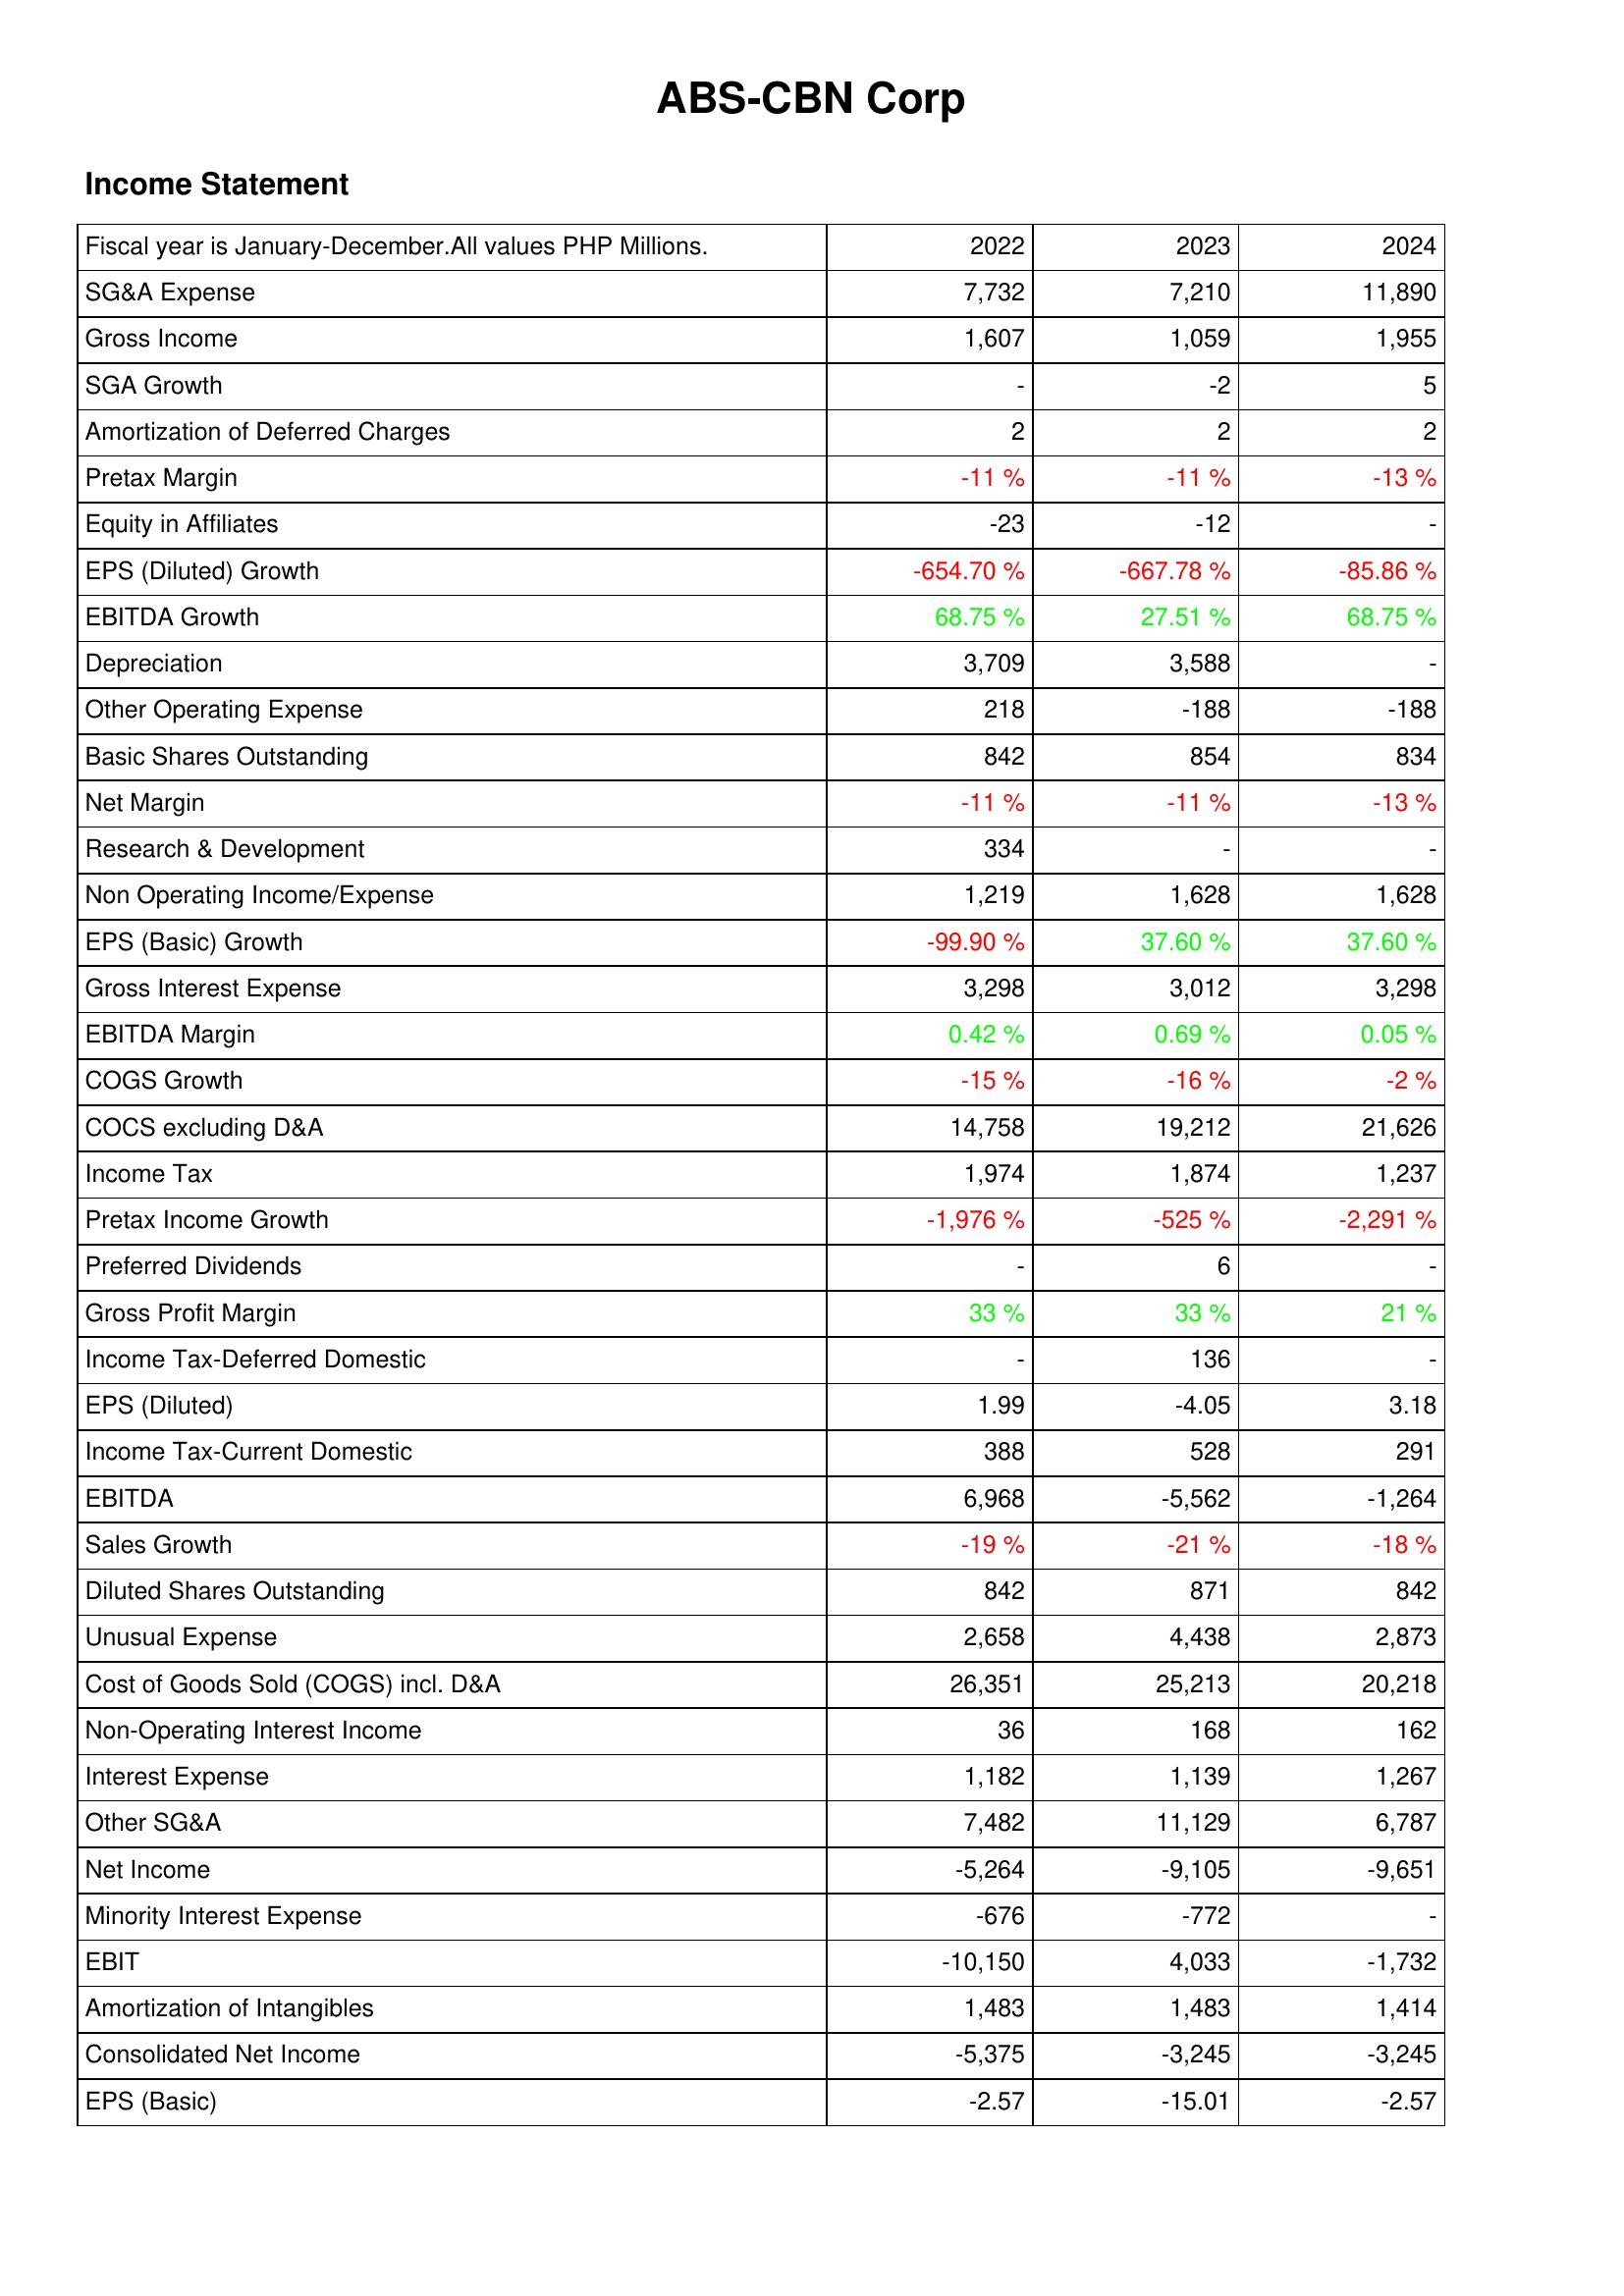
2022: Income Statement: SG&A Expense: 7,732
Gross Income: 1,607
SGA Growth: -
Amortization of Deferred Charges: 2
Pretax Margin: -11 %
Equity in Affiliates: -23
EPS (Diluted) Growth: -654.70 %
EBITDA Growth: 68.75 %
Depreciation: 3,709
Other Operating Expense: 218
Basic Shares Outstanding: 842
Net Margin: -11 %
Research & Development: 334
Non Operating Income/Expense: 1,219
EPS (Basic) Growth: -99.90 %
Gross Interest Expense: 3,298
EBITDA Margin: 0.42 %
COGS Growth: -15 %
COCS excluding D&A: 14,758
Income Tax: 1,974
Pretax Income Growth: -1,976 %
Preferred Dividends: -
Gross Profit Margin: 33 %
Income Tax-Deferred Domestic: -
EPS (Diluted): 1.99
Income Tax-Current Domestic: 388
EBITDA: 6,968
Sales Growth: -19 %
Diluted Shares Outstanding: 842
Unusual Expense: 2,658
Cost of Goods Sold (COGS) incl. D&A: 26,351
Non-Operating Interest Income: 36
Interest Expense: 1,182
Other SG&A: 7,482
Net Income: -5,264
Minority Interest Expense: -676
EBIT: -10,150
Amortization of Intangibles: 1,483
Consolidated Net Income: -5,375
EPS (Basic): -2.57
2023: Income Statement: SG&A Expense: 7,210
Gross Income: 1,059
SGA Growth: -2
Amortization of Deferred Charges: 2
Pretax Margin: -11 %
Equity in Affiliates: -12
EPS (Diluted) Growth: -667.78 %
EBITDA Growth: 27.51 %
Depreciation: 3,588
Other Operating Expense: -188
Basic Shares Outstanding: 854
Net Margin: -11 %
Research & Development: -
Non Operating Income/Expense: 1,628
EPS (Basic) Growth: 37.60 %
Gross Interest Expense: 3,012
EBITDA Margin: 0.69 %
COGS Growth: -16 %
COCS excluding D&A: 19,212
Income Tax: 1,874
Pretax Income Growth: -525 %
Preferred Dividends: 6
Gross Profit Margin: 33 %
Income Tax-Deferred Domestic: 136
EPS (Diluted): -4.05
Income Tax-Current Domestic: 528
EBITDA: -5,562
Sales Growth: -21 %
Diluted Shares Outstanding: 871
Unusual Expense: 4,438
Cost of Goods Sold (COGS) incl. D&A: 25,213
Non-Operating Interest Income: 168
Interest Expense: 1,139
Other SG&A: 11,129
Net Income: -9,105
Minority Interest Expense: -772
EBIT: 4,033
Amortization of Intangibles: 1,483
Consolidated Net Income: -3,245
EPS (Basic): -15.01
2024: Income Statement: SG&A Expense: 11,890
Gross Income: 1,955
SGA Growth: 5
Amortization of Deferred Charges: 2
Pretax Margin: -13 %
Equity in Affiliates: -
EPS (Diluted) Growth: -85.86 %
EBITDA Growth: 68.75 %
Depreciation: -
Other Operating Expense: -188
Basic Shares Outstanding: 834
Net Margin: -13 %
Research & Development: -
Non Operating Income/Expense: 1,628
EPS (Basic) Growth: 37.60 %
Gross Interest Expense: 3,298
EBITDA Margin: 0.05 %
COGS Growth: -2 %
COCS excluding D&A: 21,626
Income Tax: 1,237
Pretax Income Growth: -2,291 %
Preferred Dividends: -
Gross Profit Margin: 21 %
Income Tax-Deferred Domestic: -
EPS (Diluted): 3.18
Income Tax-Current Domestic: 291
EBITDA: -1,264
Sales Growth: -18 %
Diluted Shares Outstanding: 842
Unusual Expense: 2,873
Cost of Goods Sold (COGS) incl. D&A: 20,218
Non-Operating Interest Income: 162
Interest Expense: 1,267
Other SG&A: 6,787
Net Income: -9,651
Minority Interest Expense: -
EBIT: -1,732
Amortization of Intangibles: 1,414
Consolidated Net Income: -3,245
EPS (Basic): -2.57